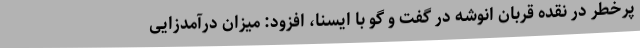
پرخطر در نقده قربان انوشه در گفت و گو با ایسنا، افزود: میزان درآمدزایی